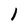
Character: 1